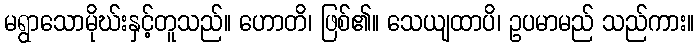
မရွာသောမိုဃ်းနှင့်တူသည်။ ဟောတိ၊ ဖြစ်၏။ သေယျထာပိ၊ ဥပမာမည် သည်ကား။